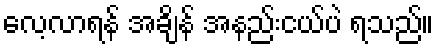
လေ့လာရန် အချိန် အနည်းငယ်ပဲ ရသည်။